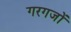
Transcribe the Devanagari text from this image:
गरगजों